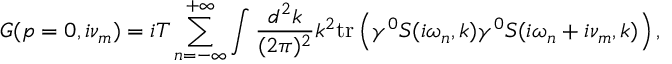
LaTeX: G ( p = 0 , i \nu _ { m } ) = i T \sum _ { n = - \infty } ^ { + \infty } \int \frac { d ^ { 2 } k } { ( 2 \pi ) ^ { 2 } } k ^ { 2 } \mathrm { t r } \left( \gamma ^ { 0 } S ( i \omega _ { n } , k ) \gamma ^ { 0 } S ( i \omega _ { n } + i \nu _ { m } , k ) \right) ,